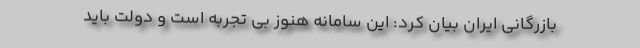
بازرگانی ایران بیان کرد: این سامانه هنوز بی تجربه است و دولت باید